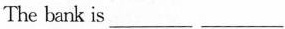
The bank is ___ ___